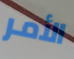
الأمر